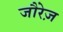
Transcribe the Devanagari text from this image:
जौरेज़